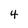
Character: 4